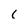
Character: I